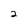
Character: 2